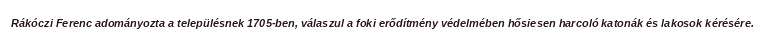
Rákóczi Ferenc adományozta a településnek 1705-ben, válaszul a foki erődítmény védelmében hősiesen harcoló katonák és lakosok kérésére.